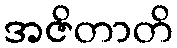
အဇိတာတိ